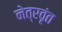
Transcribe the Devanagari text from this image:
नेत्रवृंत